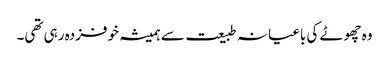
وہ چھوٹے کی باغیانہ طبیعت سے ہمیشہ خوفزدہ رہی تھی۔